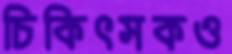
চিকিৎসকও